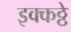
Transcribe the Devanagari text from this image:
इक्कठ्ठे